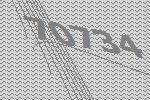
70734